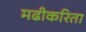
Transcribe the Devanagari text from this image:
मढीकरिता